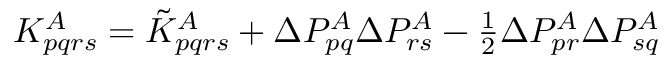
\begin{array} { r } { K _ { p q r s } ^ { A } = \tilde { K } _ { p q r s } ^ { A } + \Delta P _ { p q } ^ { A } \Delta P _ { r s } ^ { A } - \frac { 1 } { 2 } \Delta P _ { p r } ^ { A } \Delta P _ { s q } ^ { A } } \end{array}